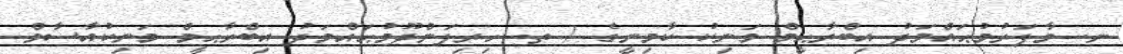
ނ. މާފަރުމުޙައްމަދު އިބްރާޙީމް މަނިކު ކާމިނީގެ / ތ. ހިރިލަންދޫމުޙައްމަދު އިބްރާޙީމް މަނިކުއާސާމް